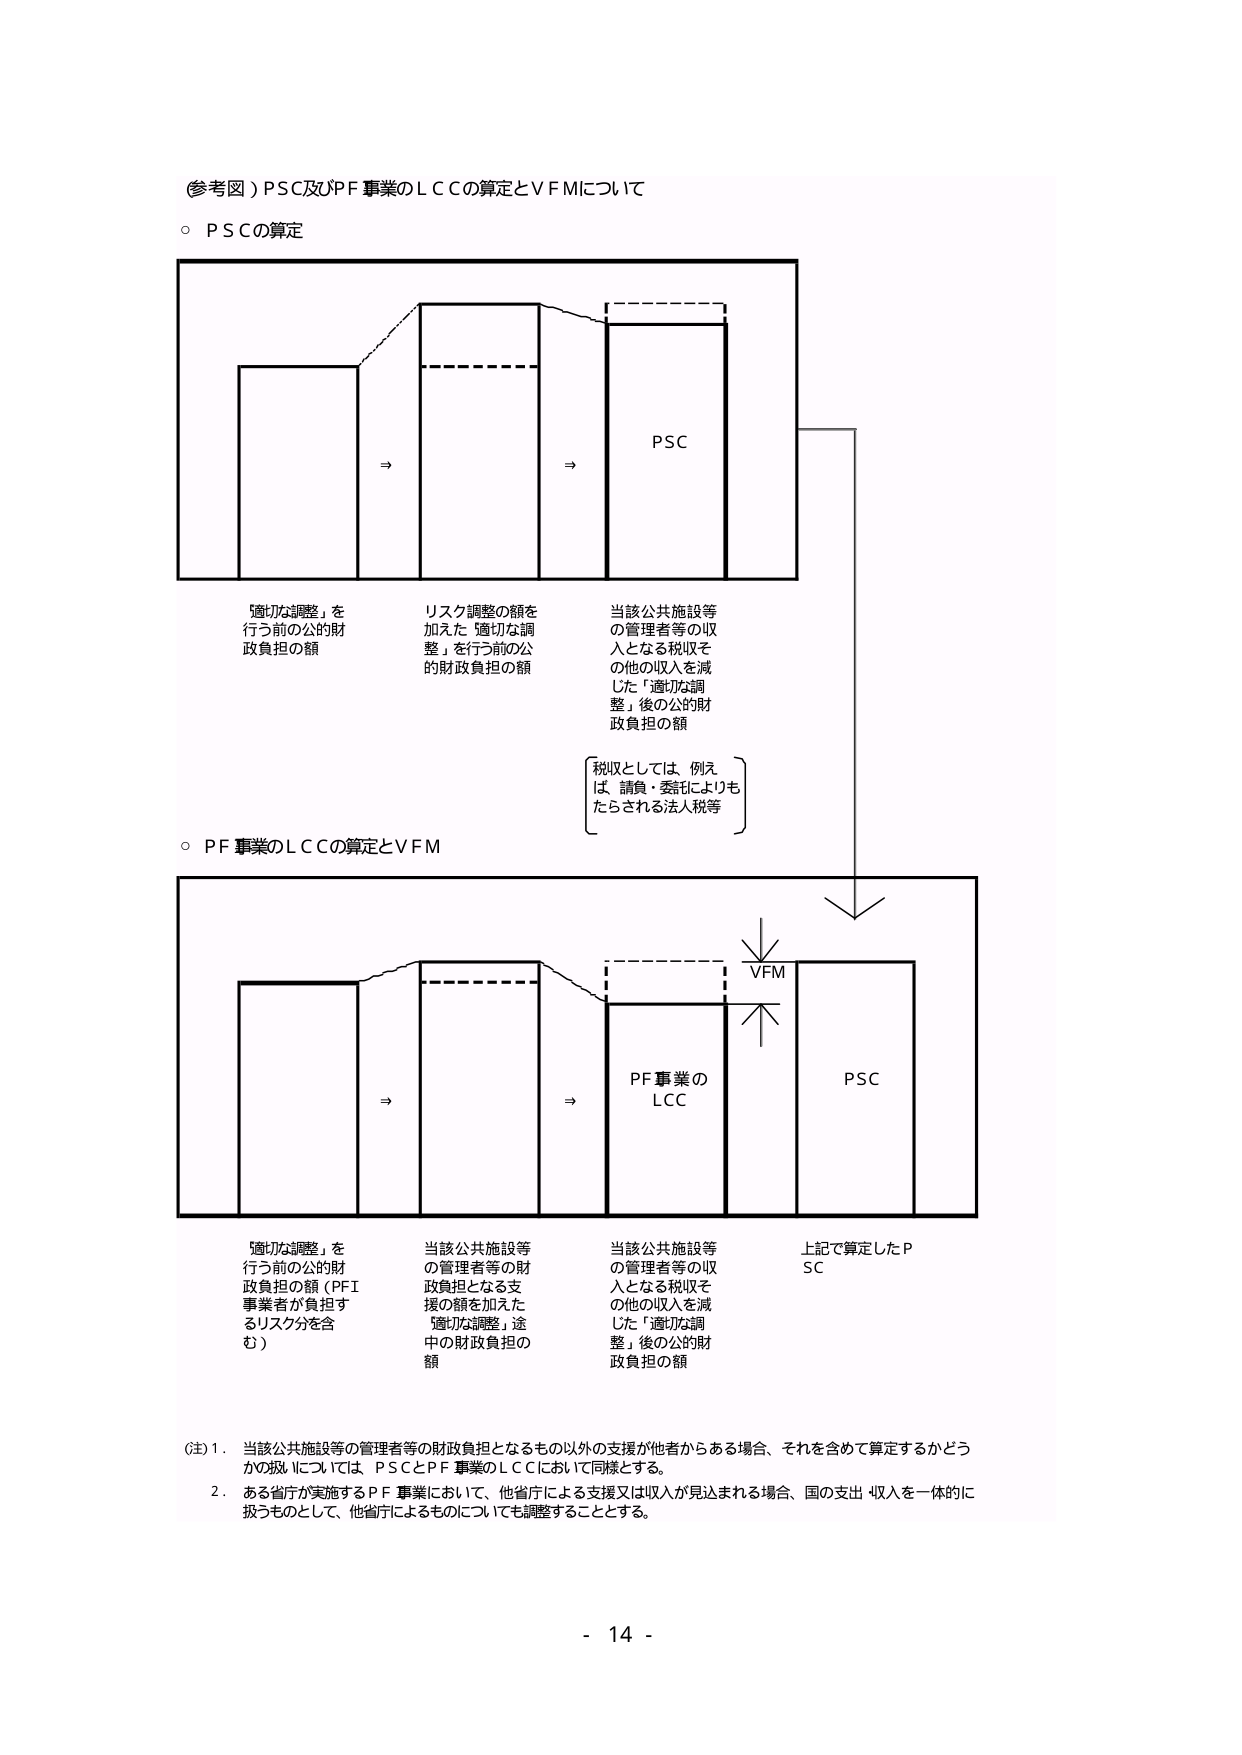
(参考図) PSC及びPF事業のLCCの算定とVFMについて

○ PSCの算定

「適切な調整」を
行う前の公的財
政負担の額

⇒

リスク調整の額を
加えた「適切な調
整」を行う前の公
的財政負担の額

⇒

当該公共施設等
の管理者等の収
入となる税収そ
の他の収入を減
じた「適切な調
整」後の公的財
政負担の額

PSC

〔税収としては、例えば、請負・委託によりも
たらされる法人税等〕

○ PF事業のLCCの算定とVFM

「適切な調整」を
行う前の公的財
政負担の額（PFI
事業者が負担す
るリスク分を含
む）

⇒

当該公共施設等
の管理者等の財
政負担となる支
援の額を加えた
「適切な調整」途
中の財政負担の
額

⇒

当該公共施設等
の管理者等の収
入となる税収そ
の他の収入を減
じた「適切な調
整」後の公的財
政負担の額

VFM

PF事業の
LCC

PSC

上記で算定したP
SC

(注) 1. 当該公共施設等の管理者等の財政負担となるもの以外の支援が他者からある場合、それを含めて算定するかどうかの扱いについては、PSCとPF事業のLCCにおいて同様とする。

2. ある省庁が実施するPF事業において、他省庁による支援又は収入が見込まれる場合、国の支出・収入を一体的に扱うものとして、他省庁によるものについても調整することとする。

- 14 -